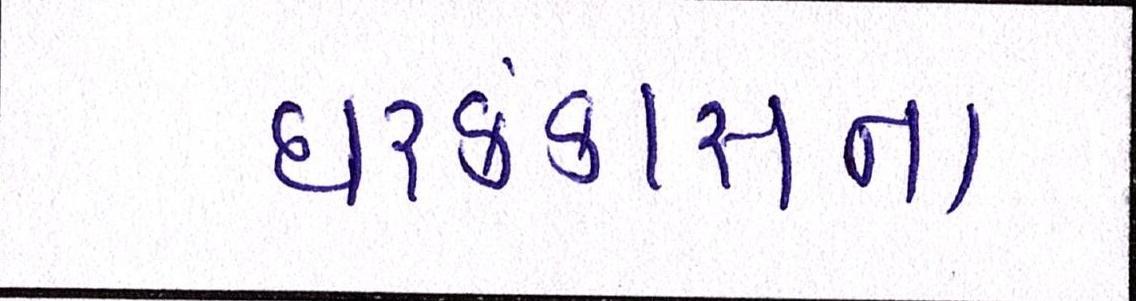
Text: ઘરકંકાસના